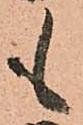
も